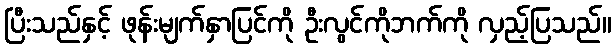
ပြီးသည်နှင့် ဖုန်းမျက်နှာပြင်ကို ဦးလွင်ကိုဘက်ကို လှည့်ပြသည်။